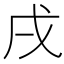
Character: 戌